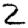
Digit: 2